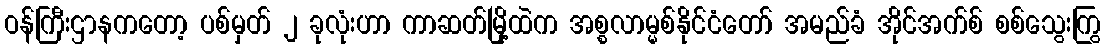
ဝန်ကြီးဌာနကတော့ ပစ်မှတ် ၂ ခုလုံးဟာ ကာဆတ်မြို့ထဲက အစ္စလာမ္မစ်နိုင်ငံတော် အမည်ခံ အိုင်အက်စ် စစ်သွေးကြွ